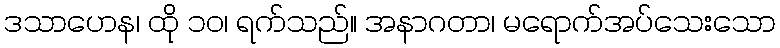
ဒသာဟေန၊ ထို ၁၀၊ ရက်သည်။ အနာဂတာ၊ မရောက်အပ်သေးသော